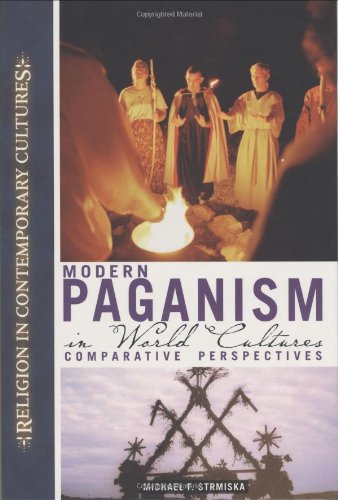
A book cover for Modern Paganism in World Cultures: Comparative Perspectives (Religion in Contemporary Cultures); Religion & Spirituality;